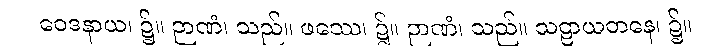
ဝေဒနာယ၊ ၌။ ဉာဏံ၊ သည်။ ဖဿေ၊ ၌။ ဉာဏံ၊ သည်။ သဠာယတနေ၊ ၌။